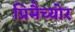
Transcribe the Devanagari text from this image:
प्रिमैच्योर